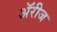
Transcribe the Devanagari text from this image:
ॲरीज